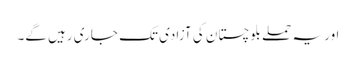
اور یہ حملے بلوچستان کی آزادی تک جاری رہیں گے۔